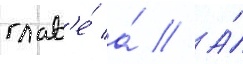
глав'е́ а́ // А́